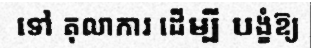
ទៅ តុលាការ ដើម្បី បង្ខំឱ្យ